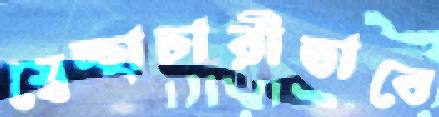
স্বেচ্ছাচারীভাবে